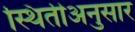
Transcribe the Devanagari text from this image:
स्थितीअनुसार